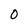
Character: 0